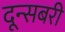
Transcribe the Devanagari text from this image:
दून्सबरी